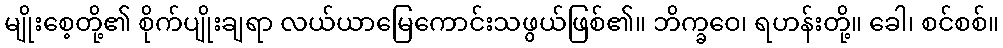
မျိုးစေ့တို့၏ စိုက်ပျိုးချရာ လယ်ယာမြေကောင်းသဖွယ်ဖြစ်၏။ ဘိက္ခဝေ၊ ရဟန်းတို့။ ခေါ၊ စင်စစ်။